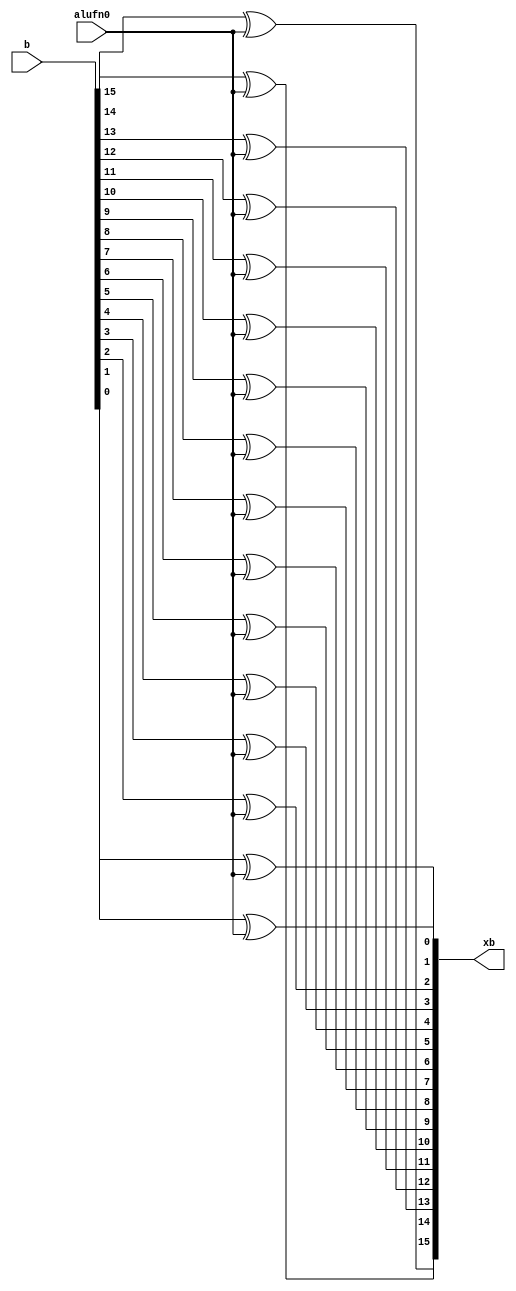
/*
   This file was generated automatically by Alchitry Labs version 1.2.1.
   Do not edit this file directly. Instead edit the original Lucid source.
   This is a temporary file and any changes made to it will be destroyed.
*/

module alu_adder_XB_26 (
    input [15:0] b,
    input alufn0,
    output reg [15:0] xb
  );
  
  
  
  always @* begin
    xb[15+0-:1] = b[15+0-:1] ^ alufn0;
    xb[14+0-:1] = b[14+0-:1] ^ alufn0;
    xb[13+0-:1] = b[13+0-:1] ^ alufn0;
    xb[12+0-:1] = b[12+0-:1] ^ alufn0;
    xb[11+0-:1] = b[11+0-:1] ^ alufn0;
    xb[10+0-:1] = b[10+0-:1] ^ alufn0;
    xb[9+0-:1] = b[9+0-:1] ^ alufn0;
    xb[8+0-:1] = b[8+0-:1] ^ alufn0;
    xb[7+0-:1] = b[7+0-:1] ^ alufn0;
    xb[6+0-:1] = b[6+0-:1] ^ alufn0;
    xb[5+0-:1] = b[5+0-:1] ^ alufn0;
    xb[4+0-:1] = b[4+0-:1] ^ alufn0;
    xb[3+0-:1] = b[3+0-:1] ^ alufn0;
    xb[2+0-:1] = b[2+0-:1] ^ alufn0;
    xb[1+0-:1] = b[1+0-:1] ^ alufn0;
    xb[0+0-:1] = b[0+0-:1] ^ alufn0;
  end
endmodule